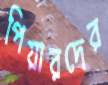
পিয়ারদের